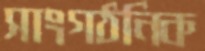
সাংগঠনিক